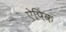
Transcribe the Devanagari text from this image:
ऐपिक